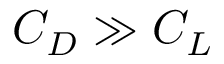
C _ { D } \gg C _ { L }